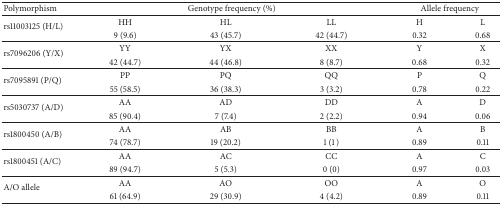
| Polymorphism | <COLSPAN=3> Genotype frequency (%) | <COLSPAN=2> Allele frequency |
 | --- | --- | --- | --- | --- | --- |
 | <ROWSPAN=2> rs11003125 (H/L) | HH | HL | LL | H | L |
 | 9 (9.6) | 43 (45.7) | 42 (44.7) | 0.32 | 0.68 |
 | <ROWSPAN=2> rs7096206 (Y/X) | YY | YX | XX | Y | X |
 | 42 (44.7) | 44 (46.8) | 8 (8.7) | 0.68 | 0.32 |
 | <ROWSPAN=2> rs7095891 (P/Q) | PP | PQ | QQ | P | Q |
 | 55 (58.5) | 36 (38.3) | 3 (3.2) | 0.78 | 0.22 |
 | <ROWSPAN=2> rs5030737 (A/D) | AA | AD | DD | A | D |
 | 85 (90.4) | 7 (7.4) | 2 (2.2) | 0.94 | 0.06 |
 | <ROWSPAN=2> rs1800450 (A/B) | AA | AB | BB | A | B |
 | 74 (78.7) | 19 (20.2) | 1 (1) | 0.89 | 0.11 |
 | <ROWSPAN=2> rs1800451 (A/C) | AA | AC | CC | A | C |
 | 89 (94.7) | 5 (5.3) | 0 (0) | 0.97 | 0.03 |
 | <ROWSPAN=2> A/O allele | AA | AO | OO | A | O |
 | 61 (64.9) | 29 (30.9) | 4 (4.2) | 0.89 | 0.11 |